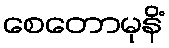
စေတောမုနိံ